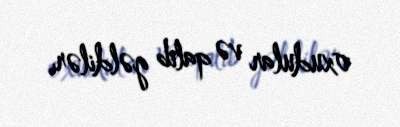
oxudular və qalib gəldilər.